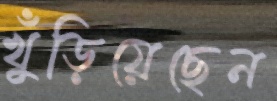
খুঁড়িয়েছেন